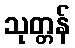
သုတ္တန်